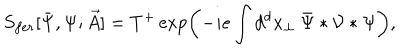
LaTeX: S _ { f e r } [ \bar { \Psi } , \Psi ; \vec { A } ] = T ^ { + } \exp \left( - i e \int d ^ { d } x _ { \perp } \ \bar { \Psi } \ast { \cal V } \ast \Psi \right) ,